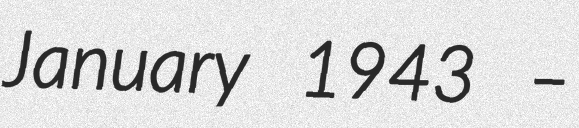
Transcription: January 1943 –